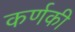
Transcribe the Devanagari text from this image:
कर्णकी